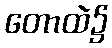
တောထဲ၌